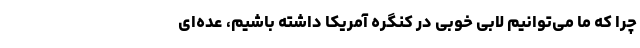
چرا که ما می‌توانیم لابی خوبی در کنگره آمریکا داشته باشیم، عده‌ای